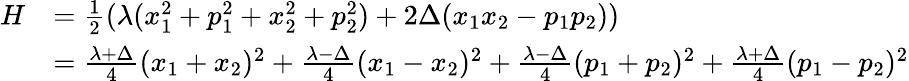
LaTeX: \begin{array}{rl}{H}&{=\frac{1}{2}(\lambda(x_{1}^{2}+p_{1}^{2}+x_{2}^{2}+p_{2}^{2})+2\Delta(x_{1}x_{2}-p_{1}p_{2}))}\\ &{=\frac{\lambda+\Delta}{4}(x_{1}+x_{2})^{2}+\frac{\lambda-\Delta}{4}(x_{1}-x_{2})^{2}+\frac{\lambda-\Delta}{4}(p_{1}+p_{2})^{2}+\frac{\lambda+\Delta}{4}(p_{1}-p_{2})^{2}}\end{array}